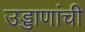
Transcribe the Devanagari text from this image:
उड्डाणांची